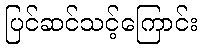
ပြင်ဆင်သင့်ကြောင်း